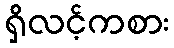
ရှိလင့်ကစား